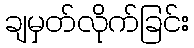
ချမှတ်လိုက်ခြင်း